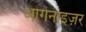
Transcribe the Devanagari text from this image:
ओर्गेनाइज़र